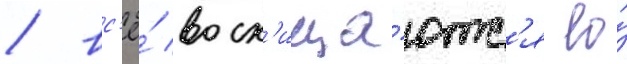
/ вс'ё́ восх'ища́ютс'я ео́